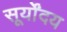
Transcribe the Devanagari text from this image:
सूर्योंदय